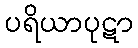
ပရိယာပုဋာ